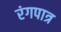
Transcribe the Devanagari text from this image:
रंगपात्र